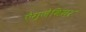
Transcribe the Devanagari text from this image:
ऐग्जेवियर